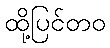
ထို့ပြင်တဝ